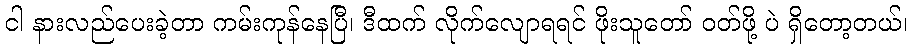
ငါ နားလည်ပေးခဲ့တာ ကမ်းကုန်နေပြီ၊ ဒီထက် လိုက်လျောရရင် ဖိုးသူတော် ဝတ်ဖို့ ပဲ ရှိတော့တယ်၊